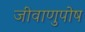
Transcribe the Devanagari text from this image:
जीवाणुपोष